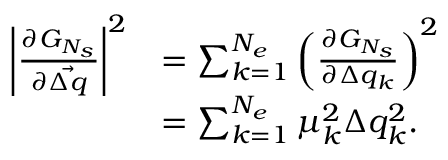
\begin{array} { r l } { \left\vert \frac { \partial G _ { N _ { s } } } { \partial \vec { \Delta q } } \right\vert ^ { 2 } } & { = \sum _ { k = 1 } ^ { N _ { e } } { \left( \frac { \partial G _ { N _ { s } } } { \partial \Delta q _ { k } } \right) ^ { 2 } } } \\ & { = \sum _ { k = 1 } ^ { N _ { e } } { \mu _ { k } ^ { 2 } \Delta q _ { k } ^ { 2 } } . } \end{array}